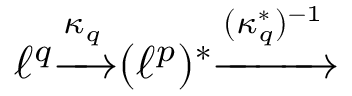
\ell ^ { q } { \xrightarrow { \kappa _ { q } } } ( \ell ^ { p } ) ^ { * } { \xrightarrow { ( \kappa _ { q } ^ { * } ) ^ { - 1 } } }